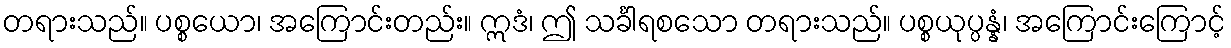
တရားသည်။ ပစ္စယော၊ အကြောင်းတည်း။ ဣဒံ၊ ဤ သင်္ခါရစသော တရားသည်။ ပစ္စယုပ္ပန္နံ၊ အကြောင်းကြောင့်